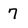
Character: 7